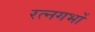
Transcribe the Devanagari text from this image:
रत्नगर्भो